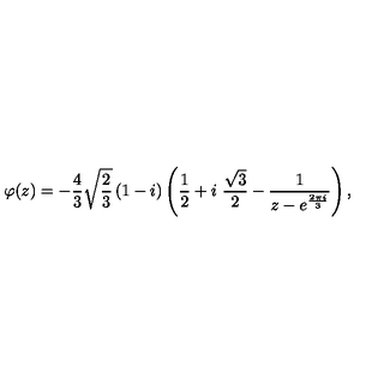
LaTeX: \varphi ( z ) = - \frac { 4 } { 3 } \sqrt { \frac { 2 } { 3 } } \left( 1 - i \right) \left( \frac { 1 } { 2 } + i \ \frac { \sqrt { 3 } } { 2 } - \frac { 1 } { z - e ^ { \frac { 2 \pi i } { 3 } } } \right) ,